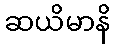
ဆယိမာနိ